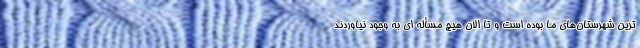
ترین شهرستان‌های ما بوده است و تا الان هیچ مسأله ای به وجود نیاوردند